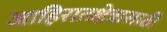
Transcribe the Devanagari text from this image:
जाहिरातक्षेत्रासाठी